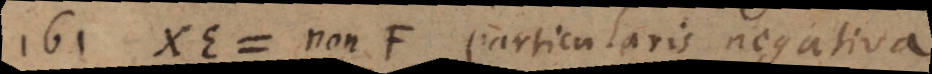
161) XE = non‐F particularis negativa.